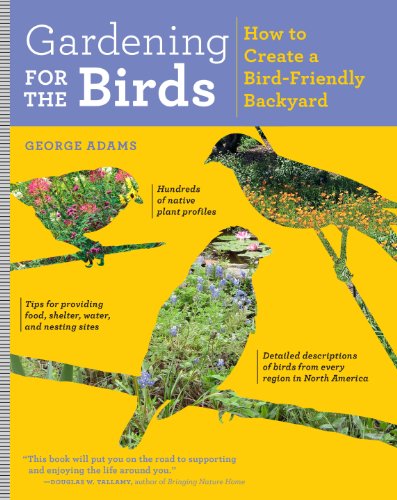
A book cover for Gardening for the Birds: How to Create a Bird-Friendly Backyard; George Adams; Sports & Outdoors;